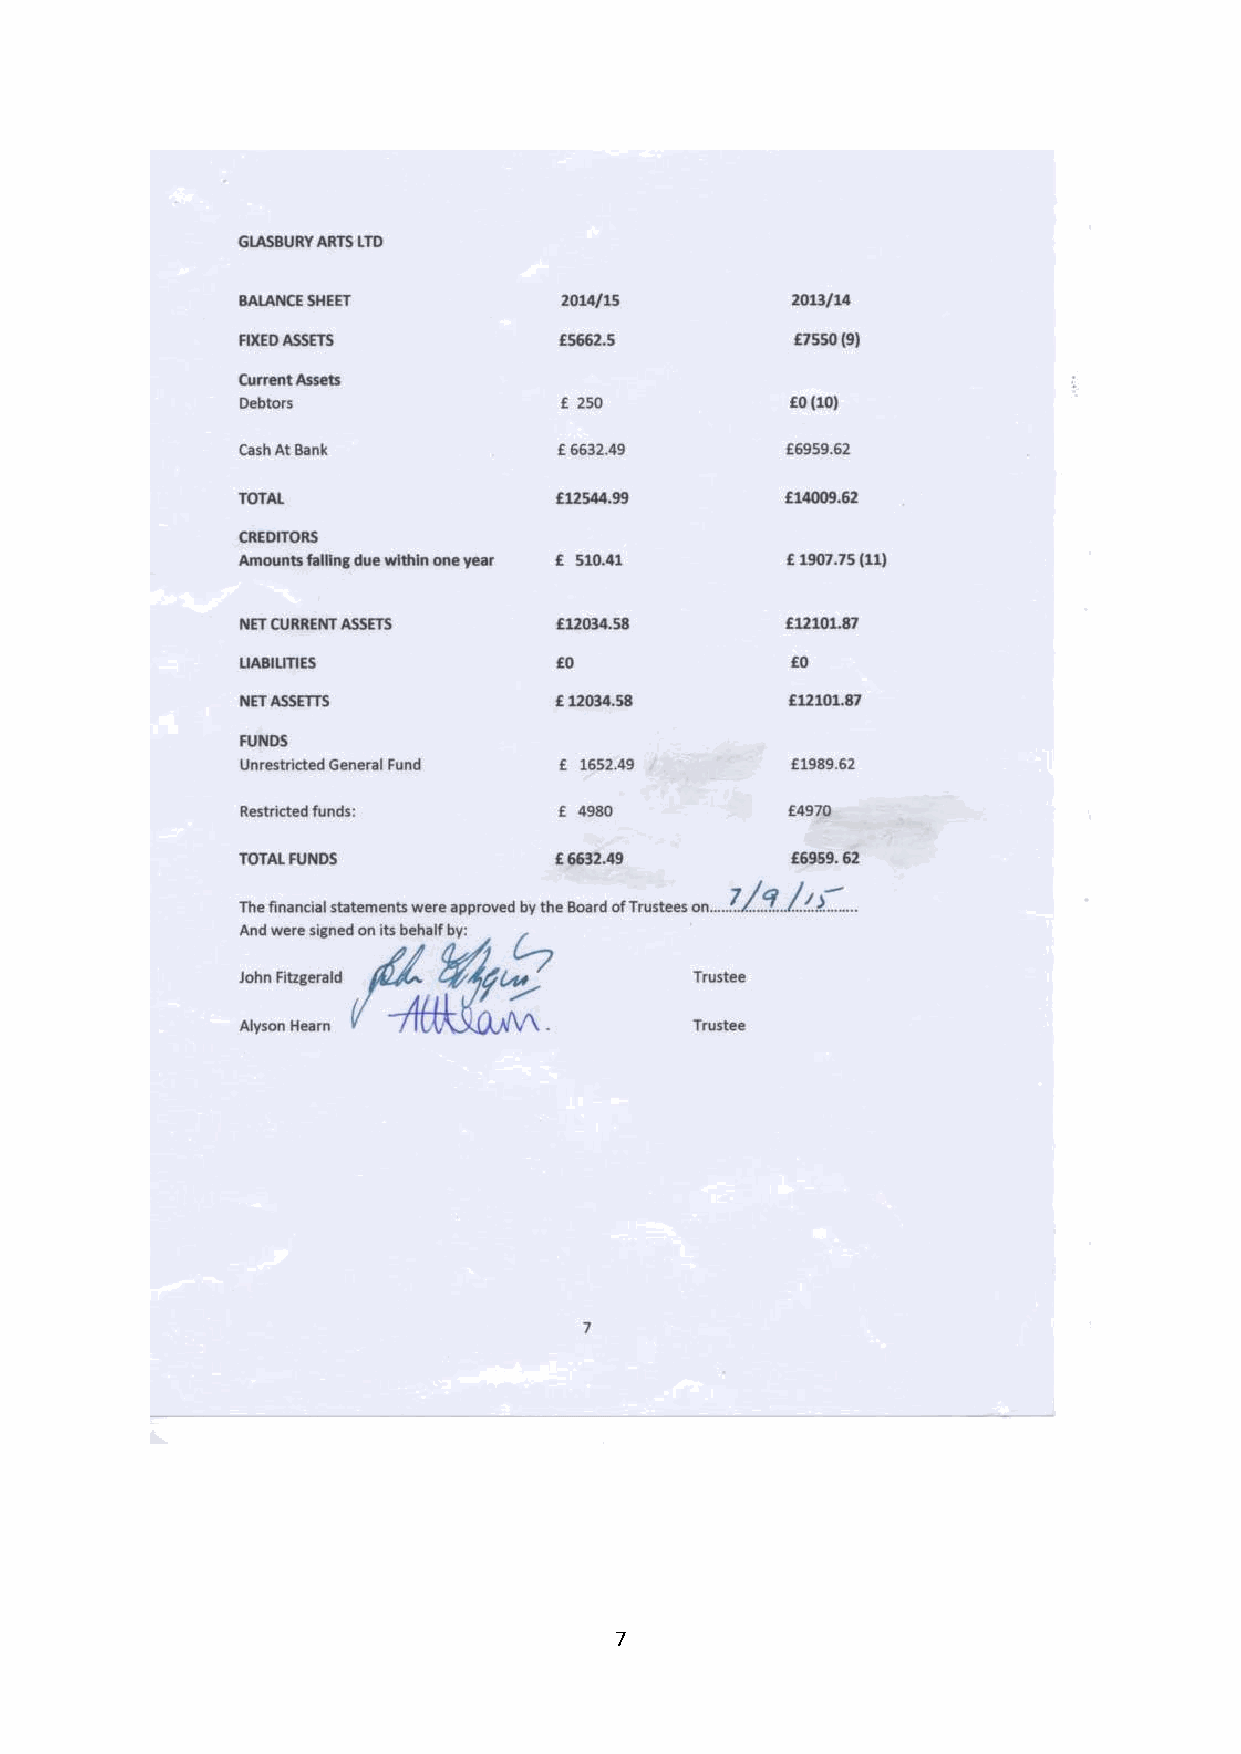
7